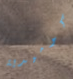
كوميدية